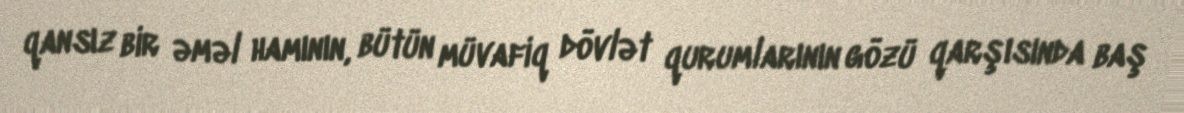
qansız bir əməl hamının, bütün müvafiq dövlət qurumlarının gözü qarşısında baş